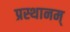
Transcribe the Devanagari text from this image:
प्रस्थानम्